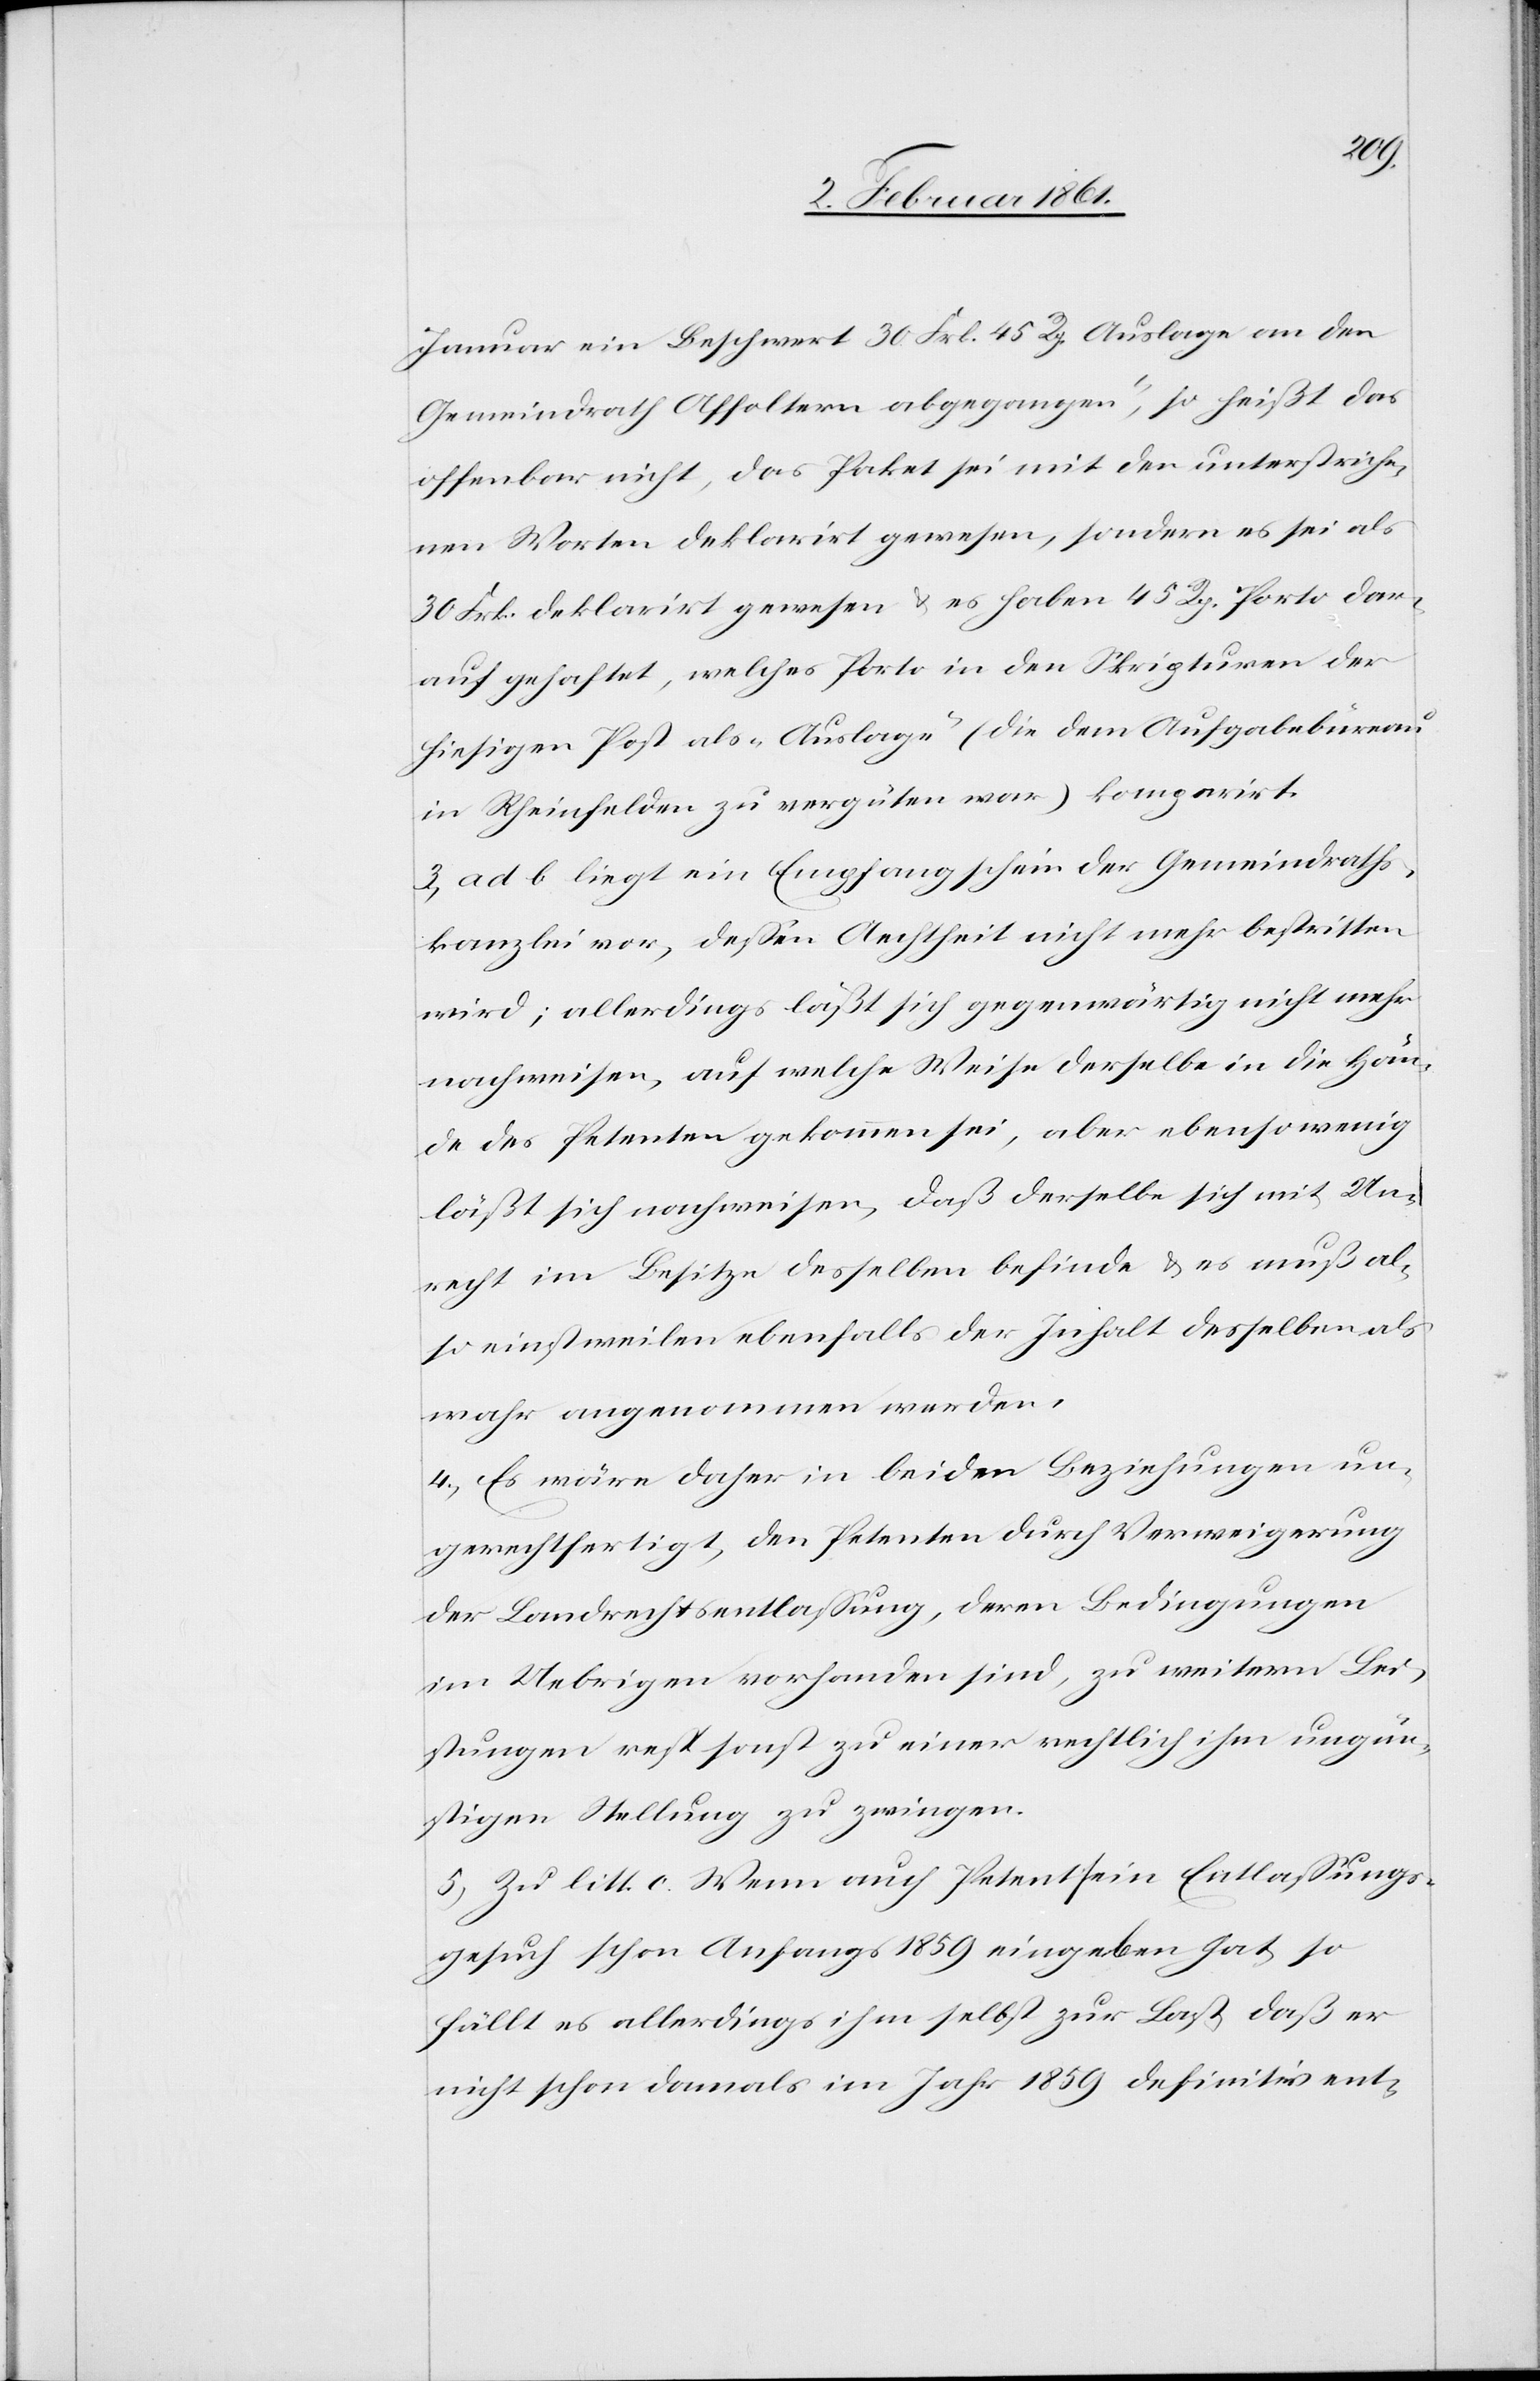
Januar ein Beschwert 30. Frk. 45 Rp. Auslage an den
Gemeindrath Affoltern abgegangen“, so heißt das
offenbar nicht, das Paket sie mit den unterstriche¬
nen Worten deklarirt gewesen, sondern es sei als
30 Frk. deklarirt gewesen u. es haben 45 Rp. Porto dar¬
auf gehaftet, welches Porto in den Skripturen der
hiesigen Post als „Auslage“ (die dem Aufgabebüreau
in Rheinfelden zu vergüten war) komparirt.
3) ad b liegt ein Empfangschein der Gemeindraths¬
kanzlei vor, dessen Aechtheit nicht mehr bestritten
wird; allerdings läßt sich gegenwärtig nicht mehr
nachweisen, auf welche Weise derselbe in die Hän¬
de des Petenten gekommen sei, aber ebenso wenig
läßt sich nachweisen, daß derselbe sich mit Un¬
recht im Besitze desselben befinde u. es muß al¬
so einstweilen ebenfalls der Inhalt desselben als
wahr angenommen werden.
4) Es wäre daher in beiden Beziehungen un¬
gerechtfertigt, den Petenten durch Verweigerung
der Landrechtsentlassung, deren Bedingungen
im Uebrigen vorhanden sind, zu weitern Lei¬
stungen resp. sonst zu einer rechtlich ihm ungün¬
stigen Stellung zu zwingen.
5) Zu litt c. Wenn auch Petent ein Entlassungs¬
gesuch schon Anfangs 1859 eingegeben hat, so
fällt es allerdings ihm selbst zur Last, daß er
nicht schon damals im Jahr 1859 definitiv ent-